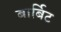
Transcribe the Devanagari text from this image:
बार्बिट